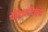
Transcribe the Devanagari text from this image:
पेड्रियाटिक्स